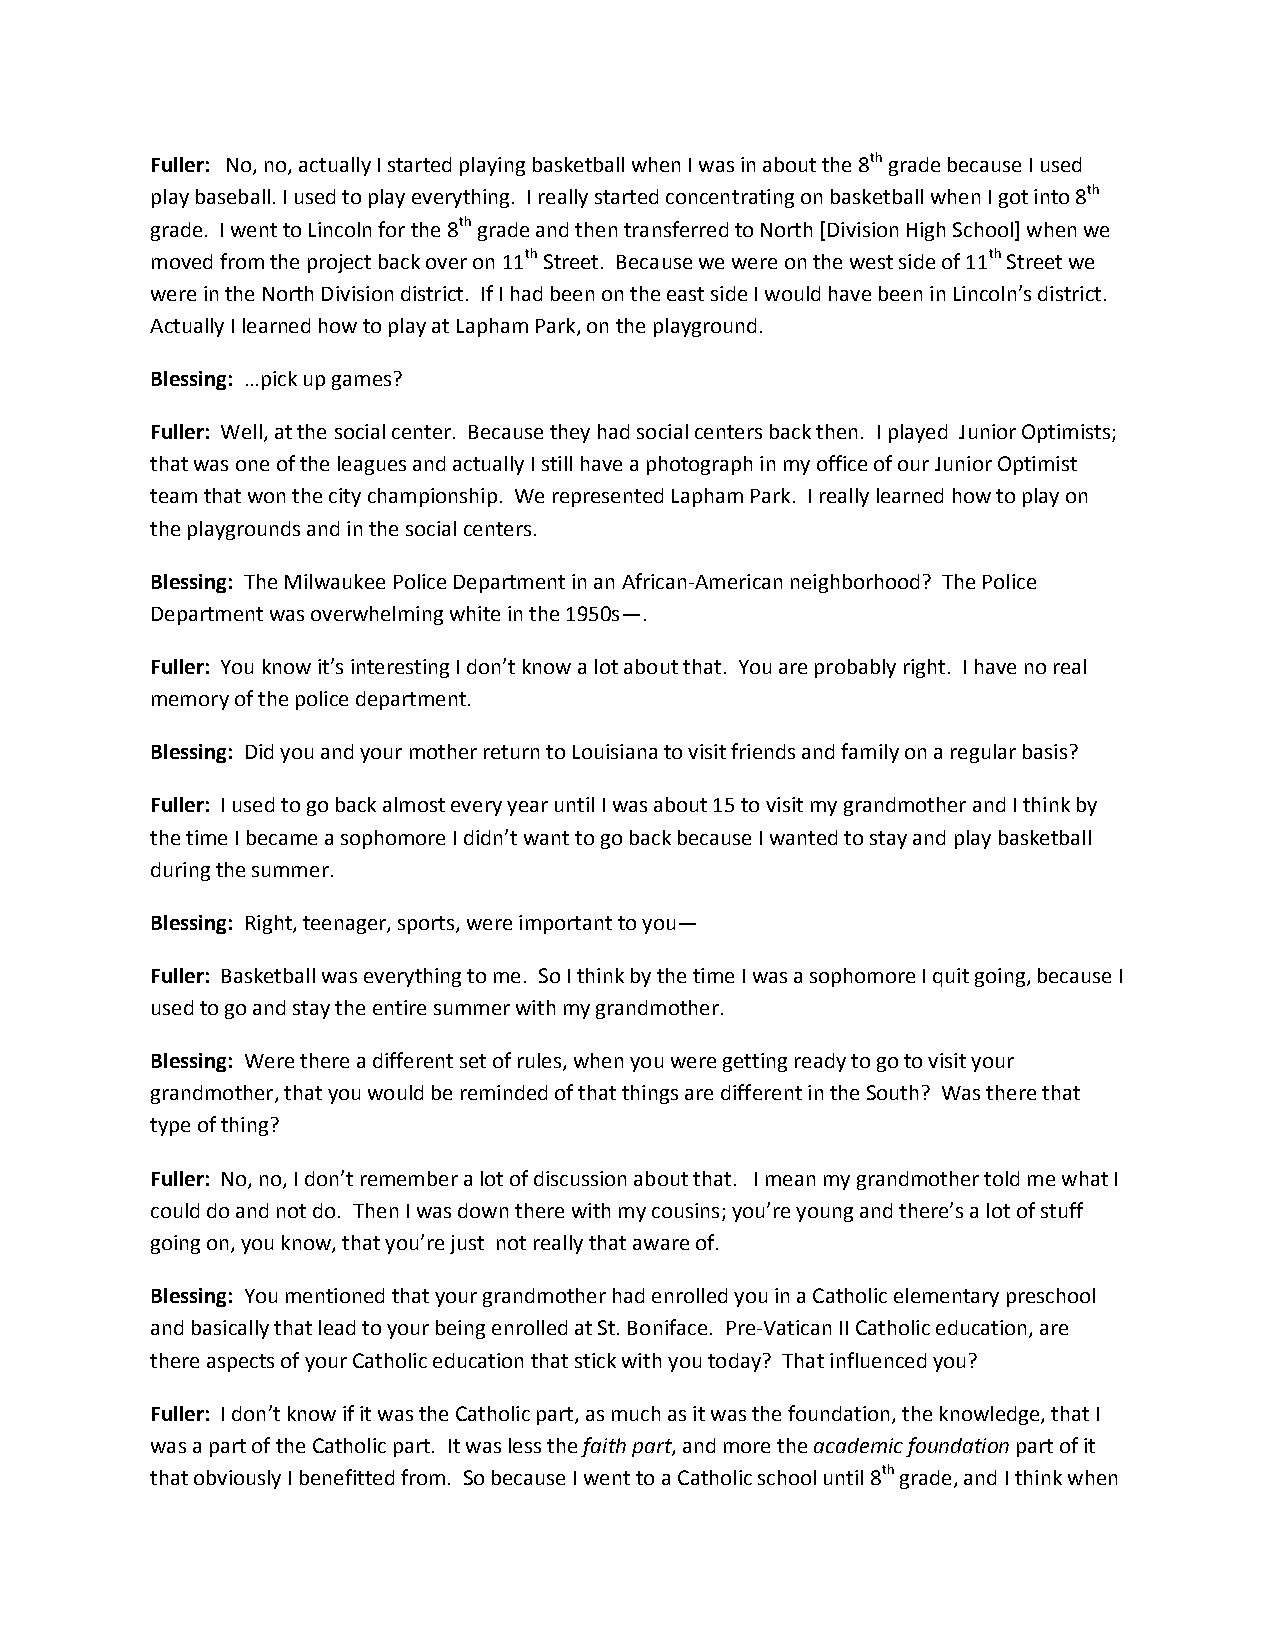
Fuller: No, no, actually I started playing basketball when I was in about the 8th grade because I used
 play baseball. I used to play everything. I really started concentrating on basketball when I got into 8th
 grade. I went to Lincoln for the 8th grade and then transferred to North [Division High School] when we
 moved from the project back over on 11th Street. Because we were on the west side of 11th Street we
 were in the North Division district. If I had been on the east side I would have been in Lincoln’s district.
 Actually I learned how to play at Lapham Park, on the playground.
 Blessing: …pick up games?
 Fuller: Well, at the social center. Because they had social centers back then. I played Junior Optimists;
 that was one of the leagues and actually I still have a photograph in my office of our Junior Optimist
 team that won the city championship. We represented Lapham Park. I really learned how to play on
 the playgrounds and in the social centers.
 Blessing: The Milwaukee Police Department in an African-American neighborhood? The Police
 Department was overwhelming white in the 1950s—.
 Fuller: You know it’s interesting I don’t know a lot about that. You are probably right. I have no real
 memory of the police department.
 Blessing: Did you and your mother return to Louisiana to visit friends and family on a regular basis?
 Fuller: I used to go back almost every year until I was about 15 to visit my grandmother and I think by
 the time I became a sophomore I didn’t want to go back because I wanted to stay and play basketball
 during the summer.
 Blessing: Right, teenager, sports, were important to you—
 Fuller: Basketball was everything to me. So I think by the time I was a sophomore I quit going, because I
 used to go and stay the entire summer with my grandmother.
 Blessing: Were there a different set of rules, when you were getting ready to go to visit your
 grandmother, that you would be reminded of that things are different in the South? Was there that
 type of thing?
 Fuller: No, no, I don’t remember a lot of discussion about that. I mean my grandmother told me what I
 could do and not do. Then I was down there with my cousins; you’re young and there’s a lot of stuff
 going on, you know, that you’re just not really that aware of.
 Blessing: You mentioned that your grandmother had enrolled you in a Catholic elementary preschool
 and basically that lead to your being enrolled at St. Boniface. Pre-Vatican II Catholic education, are
 there aspects of your Catholic education that stick with you today? That influenced you?
 Fuller: I don’t know if it was the Catholic part, as much as it was the foundation, the knowledge, that I
 was a part of the Catholic part. It was less the faith part, and more the academic foundation part of it
 that obviously I benefitted from. So because I went to a Catholic school until 8th grade, and I think when